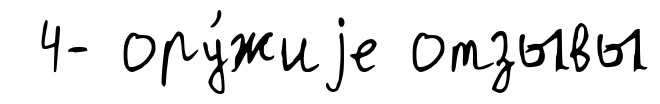
4- ору́жиjе отзывы